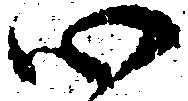
心